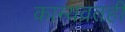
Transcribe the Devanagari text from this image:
काम्यव्रतही